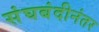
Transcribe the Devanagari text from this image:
संघबंदीनंतर